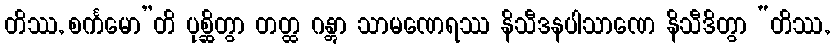
တိဿ, စင်္ကမော”တိ ပုစ္ဆိတွာ တတ္ထ ဂန္တွာ သာမဏေရဿ နိသီဒနပါသာဏေ နိသီဒိတွာ “တိဿ,